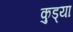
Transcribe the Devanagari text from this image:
कुड्या